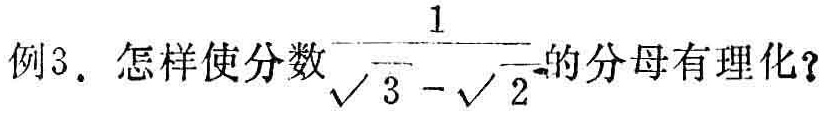
例3. 怎样使分数$\frac{1}{\sqrt{3}-\sqrt{2}}$的分母有理化？